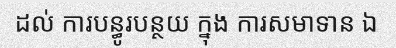
ដល់ ការបន្ធូរបន្ថយ ក្នុង ការសមាទាន ឯ